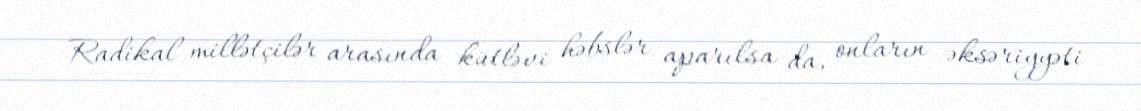
Radikal millətçilər arasında kütləvi həbslər aparılsa da, onların əksəriyyəti